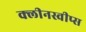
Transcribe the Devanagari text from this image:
क्लीनस्वीप्स